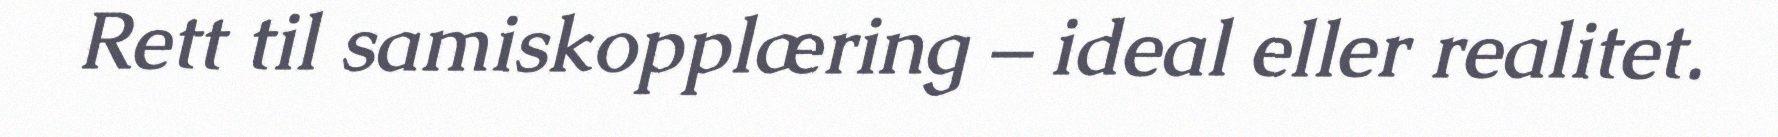
Rett til samiskopplæring – ideal eller realitet.